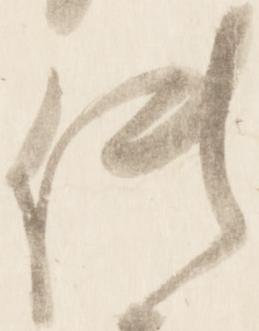
供